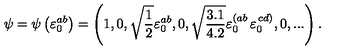
\psi = \psi \left( \varepsilon _ { 0 } ^ { a b } \right) = \left( 1 , 0 , \sqrt { { \frac { 1 } { 2 } } } \varepsilon _ { 0 } ^ { a b } , 0 , \sqrt { { \frac { 3 . 1 } { 4 . 2 } } } \varepsilon _ { 0 } ^ { \left( a b \right. } \varepsilon _ { 0 } ^ { \left. c d \right) } , 0 , . . . \right) .